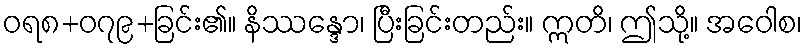
ဝရ၈+၀၇၉+ခြင်း၏။ နိဿန္ဒော၊ ပြီးခြင်းတည်း။ ဣတိ၊ ဤသို့။ အဝေါစ၊